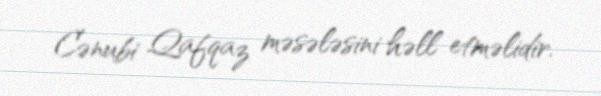
Cənubi Qafqaz məsələsini həll etməlidir.